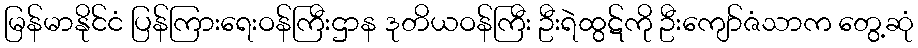
မြန်မာနိုင်ငံ ပြန်ကြားရေးဝန်ကြီးဌာန ဒုတိယဝန်ကြီး ဦးရဲထွဋ်ကို ဦးကျော်ဇံသာက တွေ့ဆုံ